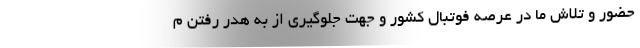
حضور و تلاش ما در عرصه فوتبال کشور و جهت جلوگیری از به هدر رفتن م